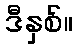
ဒီနှစ်။